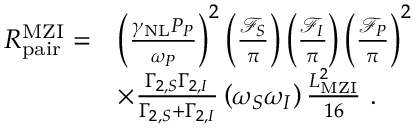
\begin{array} { r l } { R _ { \mathrm { p a i r } } ^ { \mathrm { M Z I } } = } & { \left( \frac { \gamma _ { \mathrm { N L } } P _ { P } } { \omega _ { P } } \right) ^ { 2 } \left( \frac { \mathcal { F } _ { S } } { \pi } \right) \left( \frac { \mathcal { F } _ { I } } { \pi } \right) \left( \frac { \mathcal { F } _ { P } } { \pi } \right) ^ { 2 } } \\ & { \times \frac { \Gamma _ { 2 , S } \Gamma _ { 2 , I } } { \Gamma _ { 2 , S } + \Gamma _ { 2 , I } } \left( \omega _ { S } \omega _ { I } \right) \frac { L _ { \mathrm { M Z I } } ^ { 2 } } { 1 6 } \ . } \end{array}